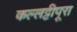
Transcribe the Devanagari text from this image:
कल्लट्टीपूरा